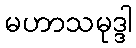
မဟာသမုဒ္ဒါ